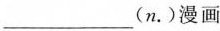
___(n.)漫画